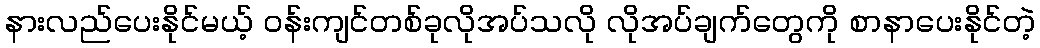
နားလည်ပေးနိုင်မယ့် ဝန်းကျင်တစ်ခုလိုအပ်သလို လိုအပ်ချက်တွေကို စာနာပေးနိုင်တဲ့